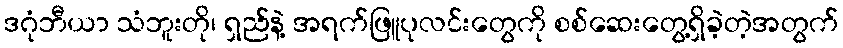
ဒဂုံဘီယာ သံဘူးတို၊ ရှည်နဲ့ အရက်ဖြူပုလင်းတွေကို စစ်ဆေးတွေ့ရှိခဲ့တဲ့အတွက်